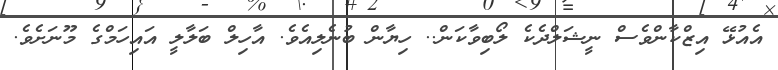
އެއުޅޭ އިޒްކާންވެސް ނީޝަލްދެކެ ލޯބިވާކަން.. ހިޔާން ބުނެލިއެވެ. އާހިލް ބަލާލީ އައިހަމްގެ މޫނަށެވެ.